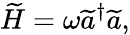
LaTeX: \widetilde{H}=\omega\widetilde{a}^{\dagger}\widetilde{a},